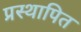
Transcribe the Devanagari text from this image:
प्रस्‍थापित